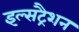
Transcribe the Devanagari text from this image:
इल्सट्रैशन